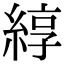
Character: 綧